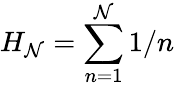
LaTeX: H_{\mathcal{N}}=\sum_{n=1}^{\mathcal{N}}1/n